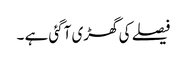
فیصلے کی گھڑی آگئی ہے ۔